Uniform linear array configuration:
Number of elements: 32
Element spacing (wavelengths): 0.25
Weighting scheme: blackman
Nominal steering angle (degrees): -45
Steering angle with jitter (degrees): -46.707
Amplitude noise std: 0.05
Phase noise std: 0.05

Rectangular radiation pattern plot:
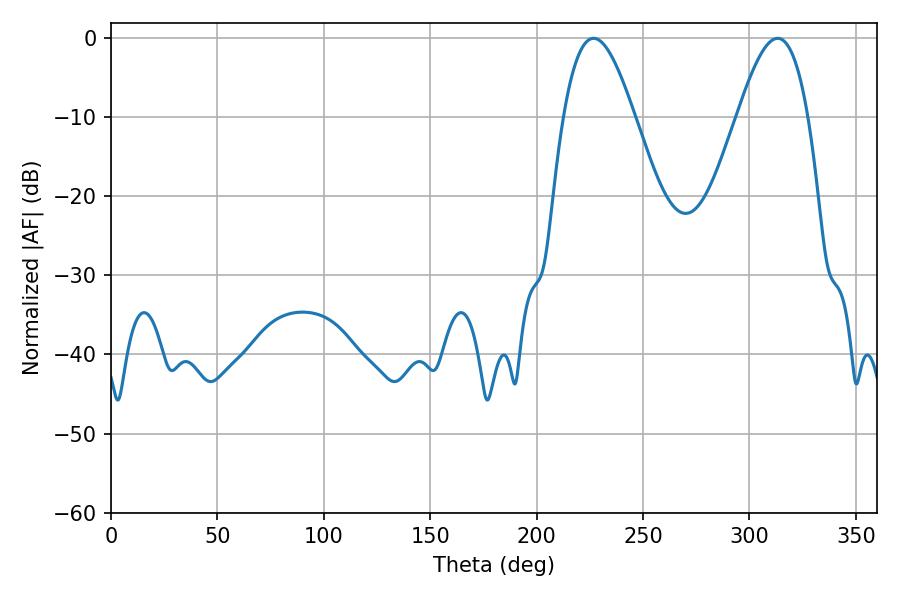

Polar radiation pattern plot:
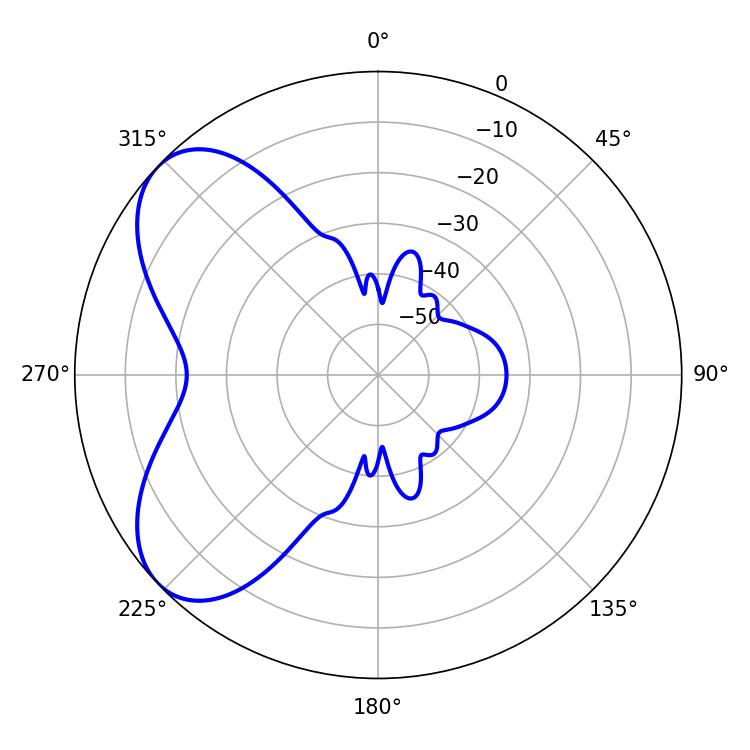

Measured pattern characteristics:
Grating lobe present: FALSE
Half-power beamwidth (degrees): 18
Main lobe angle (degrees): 226.8